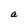
Character: b